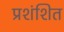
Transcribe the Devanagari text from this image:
प्रशंशित